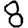
Digit: 8